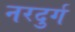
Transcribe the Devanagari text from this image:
नरदुर्ग